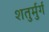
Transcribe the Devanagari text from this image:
शतुर्मुर्ग